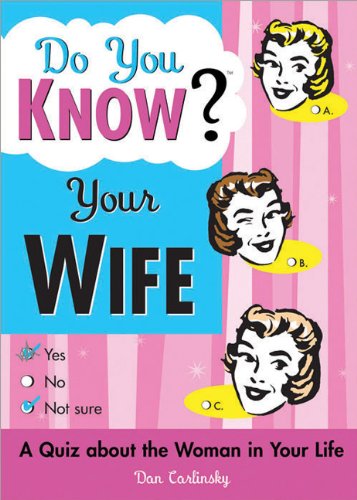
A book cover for Do You Know Your Wife?: A Quiz about the Woman in Your Life; Dan Carlinsky; Humor & Entertainment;